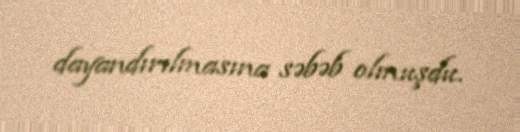
dayandırılmasına səbəb olmuşdu.